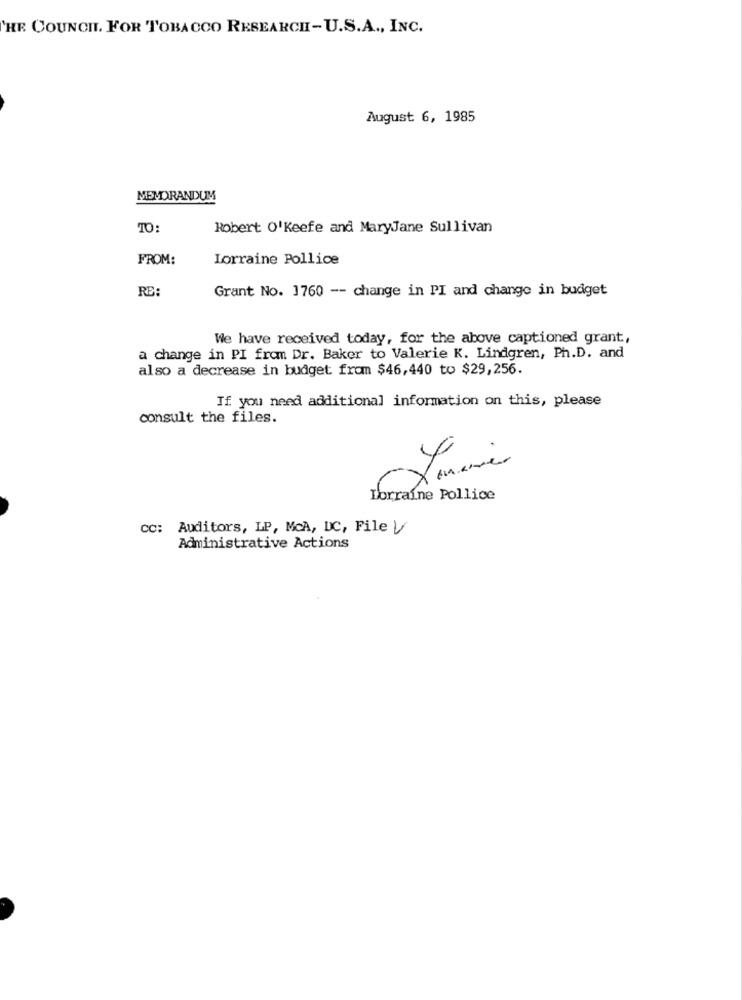
THE COUNCIL. FOR TOBACCO RESEARCHI-U.S.A ., INC.
August 6, 1985
MEMORANDUM
TO:
Robert O'Keefe and MaryJane Sullivan
FROM:
Lorraine Pollice
RE:
Grant No. 1760 -- change in PI and change in budget
We have received today, for the above captioned grant,
a change in PI from Dr. Baker to Valerie K. Lindgren, Ph.D. and
also a decrease in budget from $46,440 to $29,256.
If you need additional information on this, please
consult the files.
Lorraine Pollice
cc: Auditors, LP, McA, DC, File V
Administrative Actions